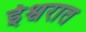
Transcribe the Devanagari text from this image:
ईश्वरात